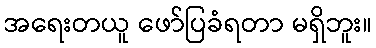
အရေးတယူ ဖော်ပြခံရတာ မရှိဘူး။